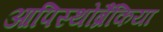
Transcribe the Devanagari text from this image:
आपिस्थोब्रैंकिया